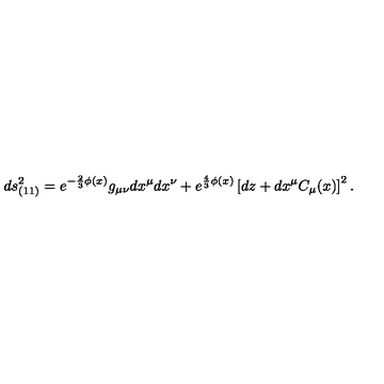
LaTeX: d s _ { ( 1 1 ) } ^ { 2 } = e ^ { - \frac 2 3 \phi ( x ) } g _ { \mu \nu } d x ^ { \mu } d x ^ { \nu } + e ^ { \frac 4 3 \phi ( x ) } \left[ d z + d x ^ { \mu } C _ { \mu } ( x ) \right] ^ { 2 } .